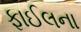
ફાઈલના